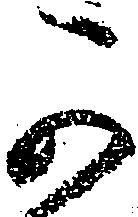
可